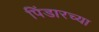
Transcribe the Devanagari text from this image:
पिंडारच्या